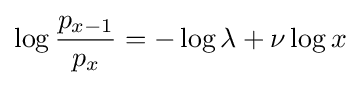
\log {\frac {p_{x-1}}{p_{x}}}=-\log \lambda +\nu \log x